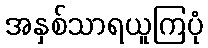
အနှစ်သာရယူကြပုံ